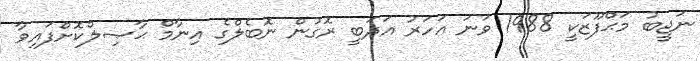
ނަޖީބު މަޙްފޫޒަކީ 1988 ވަނަ އަހަރު އަދަބީ ރޮގުން ނޮބެލްގެ އިނާމް ޙާޞިލްކޮށްފައިވާ